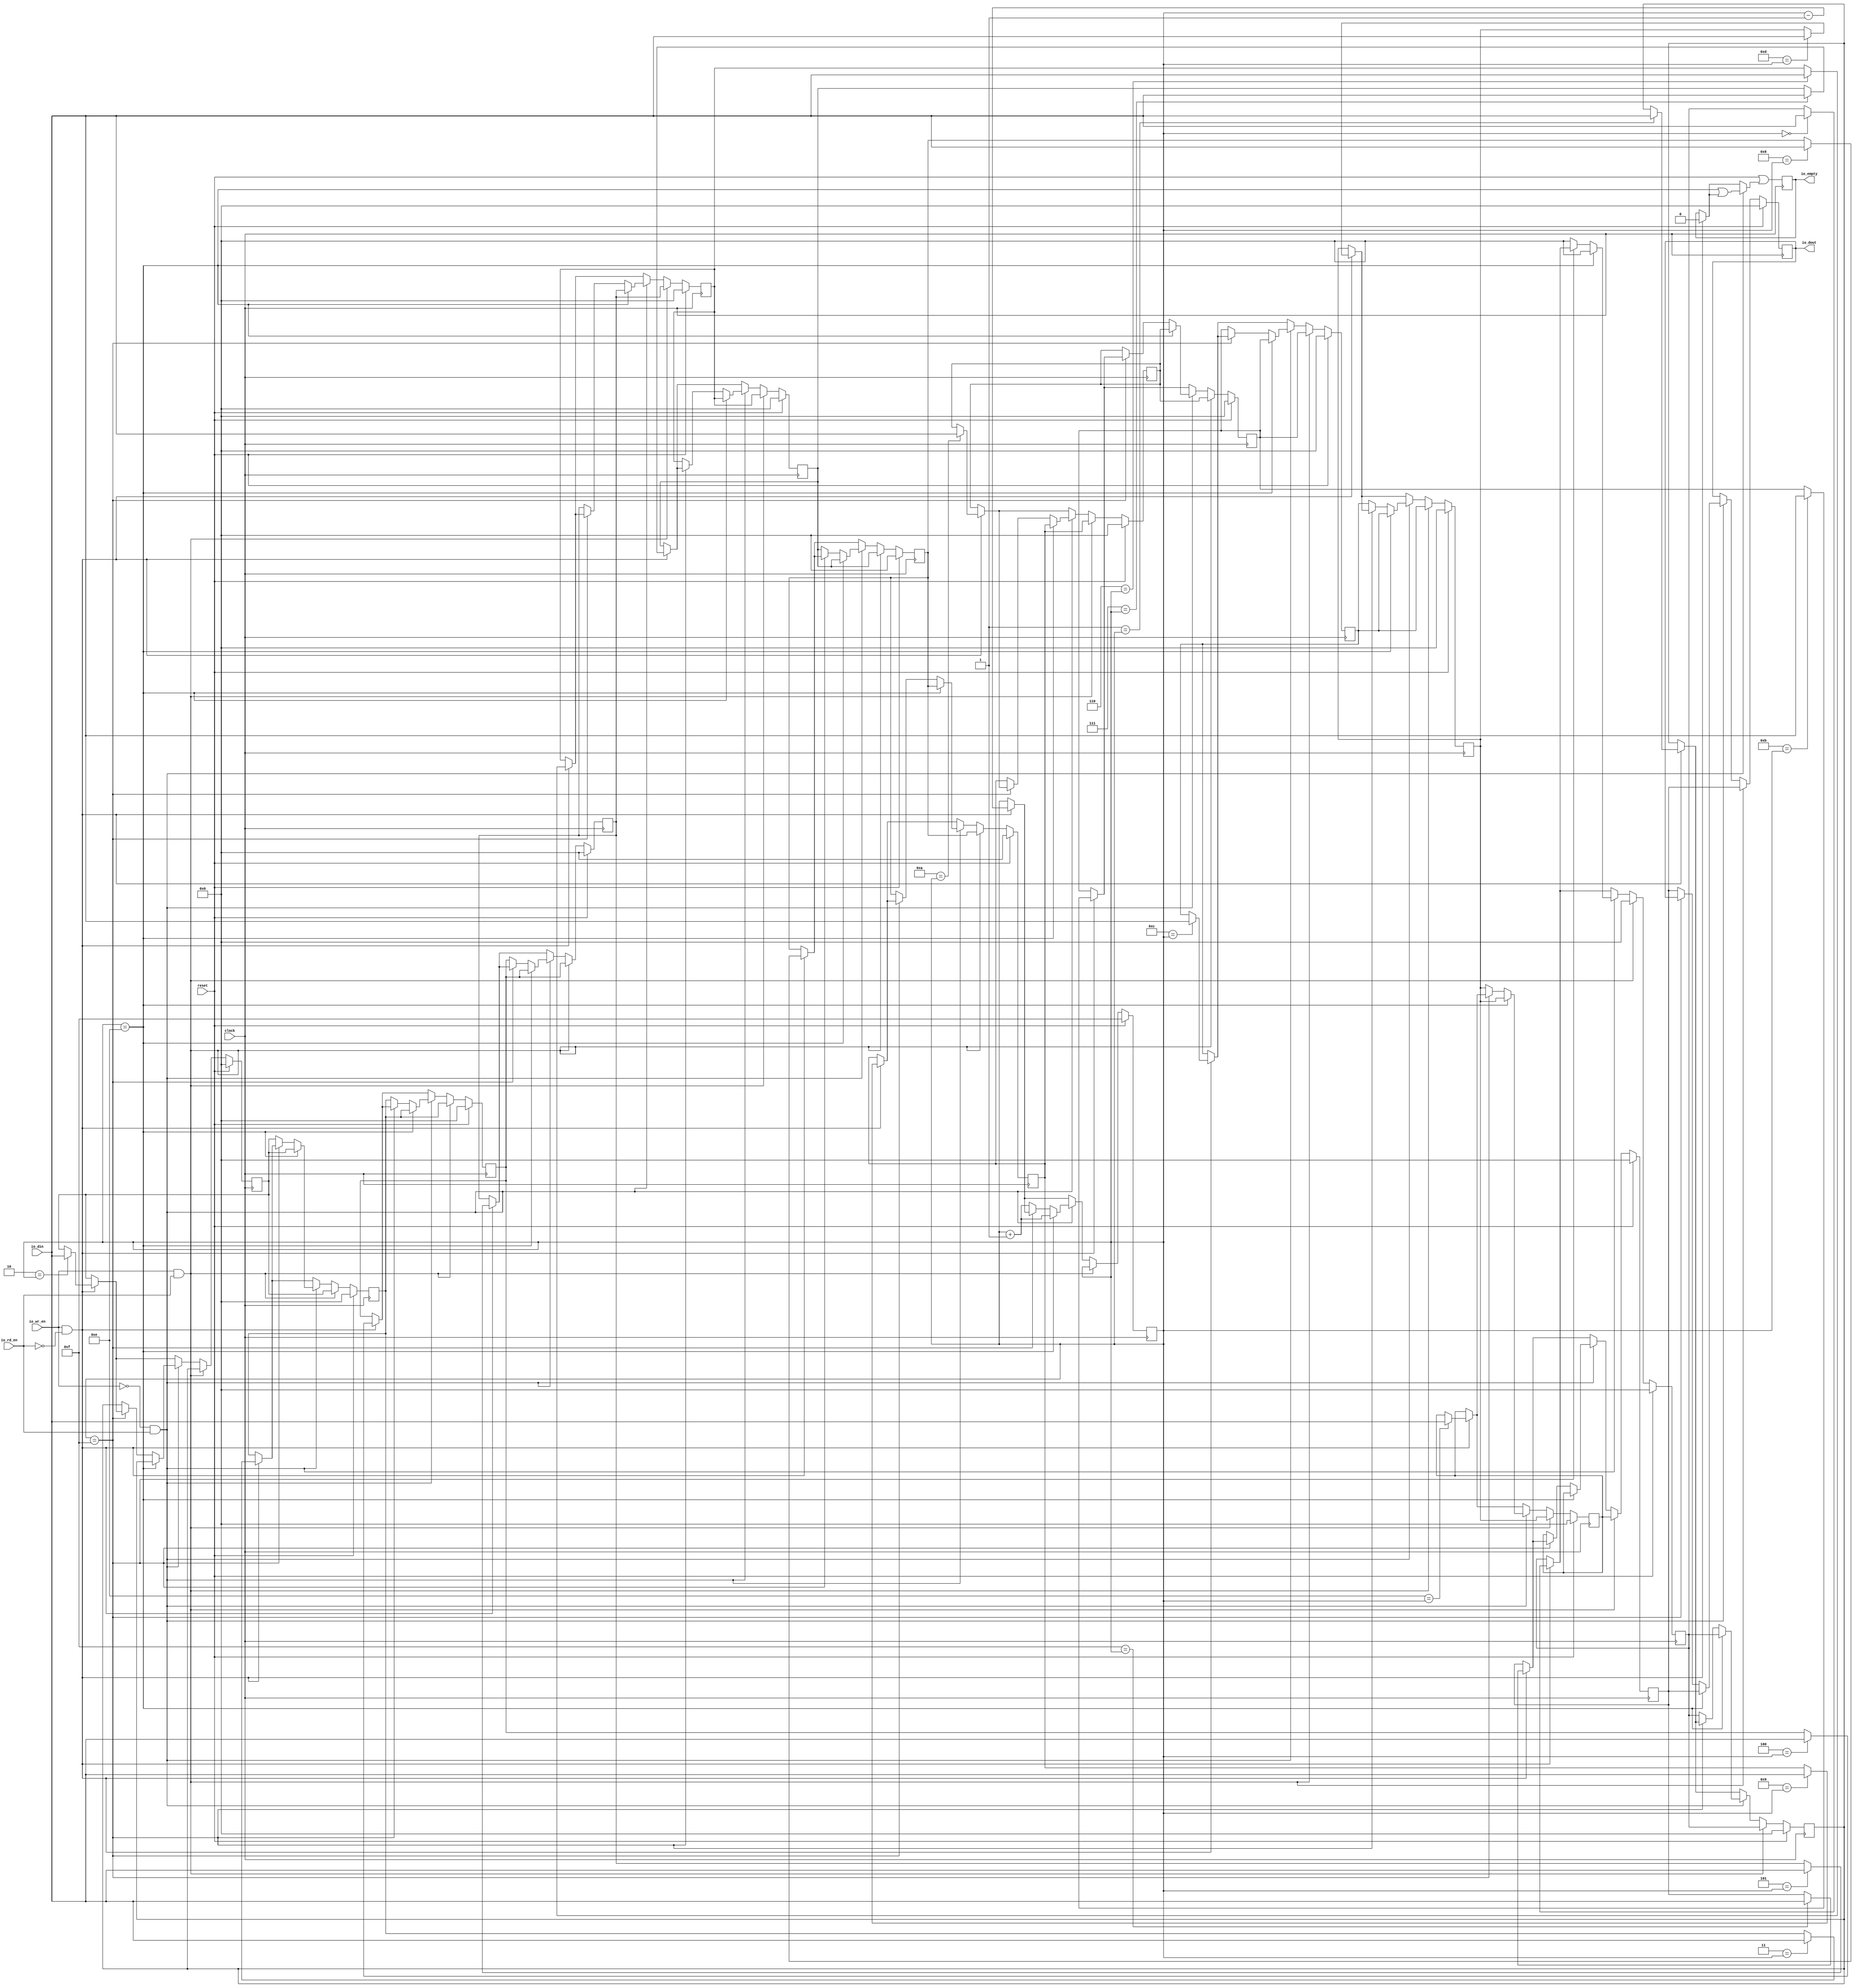
module FIFO(
  input        clock,
  input        reset,
  input  [7:0] io_din,
  input        io_wr_en,
  input        io_rd_en,
  output       io_empty,
  output [7:0] io_dout
);
  reg [7:0] mem_0; // @[fifo.scala 15:22]
  reg [31:0] _RAND_0;
  reg [7:0] mem_1; // @[fifo.scala 15:22]
  reg [31:0] _RAND_1;
  reg [7:0] mem_2; // @[fifo.scala 15:22]
  reg [31:0] _RAND_2;
  reg [7:0] mem_3; // @[fifo.scala 15:22]
  reg [31:0] _RAND_3;
  reg [7:0] mem_4; // @[fifo.scala 15:22]
  reg [31:0] _RAND_4;
  reg [7:0] mem_5; // @[fifo.scala 15:22]
  reg [31:0] _RAND_5;
  reg [7:0] mem_6; // @[fifo.scala 15:22]
  reg [31:0] _RAND_6;
  reg [7:0] mem_7; // @[fifo.scala 15:22]
  reg [31:0] _RAND_7;
  reg [7:0] mem_8; // @[fifo.scala 15:22]
  reg [31:0] _RAND_8;
  reg [7:0] mem_9; // @[fifo.scala 15:22]
  reg [31:0] _RAND_9;
  reg [7:0] mem_10; // @[fifo.scala 15:22]
  reg [31:0] _RAND_10;
  reg [7:0] mem_11; // @[fifo.scala 15:22]
  reg [31:0] _RAND_11;
  reg [7:0] mem_12; // @[fifo.scala 15:22]
  reg [31:0] _RAND_12;
  reg [7:0] mem_13; // @[fifo.scala 15:22]
  reg [31:0] _RAND_13;
  reg [7:0] mem_14; // @[fifo.scala 15:22]
  reg [31:0] _RAND_14;
  reg [7:0] mem_15; // @[fifo.scala 15:22]
  reg [31:0] _RAND_15;
  reg [7:0] dout_reg; // @[fifo.scala 17:27]
  reg [31:0] _RAND_16;
  reg  empty_reg; // @[fifo.scala 18:28]
  reg [31:0] _RAND_17;
  reg [3:0] wr_sp; // @[fifo.scala 22:24]
  reg [31:0] _RAND_18;
  wire  _T_1; // @[fifo.scala 25:22]
  wire  _T_2; // @[fifo.scala 25:19]
  wire [3:0] _T_4; // @[fifo.scala 26:24]
  wire  _GEN_33; // @[fifo.scala 25:33]
  wire  _T_5; // @[fifo.scala 31:10]
  wire  _T_6; // @[fifo.scala 31:20]
  wire  _T_7; // @[fifo.scala 32:20]
  wire [3:0] _T_9; // @[fifo.scala 34:28]
  wire  _T_10; // @[fifo.scala 41:25]
  wire  _GEN_68; // @[fifo.scala 32:37]
  wire  _GEN_87; // @[fifo.scala 31:33]
  wire  _T_13; // @[fifo.scala 52:19]
  wire [4:0] _GEN_176; // @[fifo.scala 53:20]
  wire  _T_14; // @[fifo.scala 53:20]
  wire  _GEN_155; // @[fifo.scala 54:9]
  wire  _GEN_174; // @[fifo.scala 52:32]
  assign _T_1 = io_rd_en == 1'h0; // @[fifo.scala 25:22]
  assign _T_2 = io_wr_en & _T_1; // @[fifo.scala 25:19]
  assign _T_4 = wr_sp - 4'h1; // @[fifo.scala 26:24]
  assign _GEN_33 = _T_2 ? 1'h0 : empty_reg; // @[fifo.scala 25:33]
  assign _T_5 = io_wr_en == 1'h0; // @[fifo.scala 31:10]
  assign _T_6 = _T_5 & io_rd_en; // @[fifo.scala 31:20]
  assign _T_7 = wr_sp == 4'he; // @[fifo.scala 32:20]
  assign _T_9 = wr_sp + 4'h1; // @[fifo.scala 34:28]
  assign _T_10 = wr_sp == 4'hf; // @[fifo.scala 41:25]
  assign _GEN_68 = _T_7 | _GEN_33; // @[fifo.scala 32:37]
  assign _GEN_87 = _T_6 ? _GEN_68 : _GEN_33; // @[fifo.scala 31:33]
  assign _T_13 = io_wr_en & io_rd_en; // @[fifo.scala 52:19]
  assign _GEN_176 = {{1'd0}, wr_sp}; // @[fifo.scala 53:20]
  assign _T_14 = _GEN_176 == 5'h10; // @[fifo.scala 53:20]
  assign _GEN_155 = _T_14 ? 1'h0 : _GEN_87; // @[fifo.scala 54:9]
  assign _GEN_174 = _T_13 ? _GEN_155 : _GEN_87; // @[fifo.scala 52:32]
  assign io_empty = empty_reg; // @[fifo.scala 20:14]
  assign io_dout = dout_reg; // @[fifo.scala 19:13]
`ifdef RANDOMIZE_GARBAGE_ASSIGN
`define RANDOMIZE
`endif
`ifdef RANDOMIZE_INVALID_ASSIGN
`define RANDOMIZE
`endif
`ifdef RANDOMIZE_REG_INIT
`define RANDOMIZE
`endif
`ifdef RANDOMIZE_MEM_INIT
`define RANDOMIZE
`endif
`ifndef RANDOM
`define RANDOM $random
`endif
`ifdef RANDOMIZE_MEM_INIT
  integer initvar;
`endif
initial begin
  `ifdef RANDOMIZE
    `ifdef INIT_RANDOM
      `INIT_RANDOM
    `endif
    `ifndef VERILATOR
      `ifdef RANDOMIZE_DELAY
        #`RANDOMIZE_DELAY begin end
      `else
        #0.002 begin end
      `endif
    `endif
  `ifdef RANDOMIZE_REG_INIT
  _RAND_0 = {1{`RANDOM}};
  mem_0 = _RAND_0[7:0];
  `endif // RANDOMIZE_REG_INIT
  `ifdef RANDOMIZE_REG_INIT
  _RAND_1 = {1{`RANDOM}};
  mem_1 = _RAND_1[7:0];
  `endif // RANDOMIZE_REG_INIT
  `ifdef RANDOMIZE_REG_INIT
  _RAND_2 = {1{`RANDOM}};
  mem_2 = _RAND_2[7:0];
  `endif // RANDOMIZE_REG_INIT
  `ifdef RANDOMIZE_REG_INIT
  _RAND_3 = {1{`RANDOM}};
  mem_3 = _RAND_3[7:0];
  `endif // RANDOMIZE_REG_INIT
  `ifdef RANDOMIZE_REG_INIT
  _RAND_4 = {1{`RANDOM}};
  mem_4 = _RAND_4[7:0];
  `endif // RANDOMIZE_REG_INIT
  `ifdef RANDOMIZE_REG_INIT
  _RAND_5 = {1{`RANDOM}};
  mem_5 = _RAND_5[7:0];
  `endif // RANDOMIZE_REG_INIT
  `ifdef RANDOMIZE_REG_INIT
  _RAND_6 = {1{`RANDOM}};
  mem_6 = _RAND_6[7:0];
  `endif // RANDOMIZE_REG_INIT
  `ifdef RANDOMIZE_REG_INIT
  _RAND_7 = {1{`RANDOM}};
  mem_7 = _RAND_7[7:0];
  `endif // RANDOMIZE_REG_INIT
  `ifdef RANDOMIZE_REG_INIT
  _RAND_8 = {1{`RANDOM}};
  mem_8 = _RAND_8[7:0];
  `endif // RANDOMIZE_REG_INIT
  `ifdef RANDOMIZE_REG_INIT
  _RAND_9 = {1{`RANDOM}};
  mem_9 = _RAND_9[7:0];
  `endif // RANDOMIZE_REG_INIT
  `ifdef RANDOMIZE_REG_INIT
  _RAND_10 = {1{`RANDOM}};
  mem_10 = _RAND_10[7:0];
  `endif // RANDOMIZE_REG_INIT
  `ifdef RANDOMIZE_REG_INIT
  _RAND_11 = {1{`RANDOM}};
  mem_11 = _RAND_11[7:0];
  `endif // RANDOMIZE_REG_INIT
  `ifdef RANDOMIZE_REG_INIT
  _RAND_12 = {1{`RANDOM}};
  mem_12 = _RAND_12[7:0];
  `endif // RANDOMIZE_REG_INIT
  `ifdef RANDOMIZE_REG_INIT
  _RAND_13 = {1{`RANDOM}};
  mem_13 = _RAND_13[7:0];
  `endif // RANDOMIZE_REG_INIT
  `ifdef RANDOMIZE_REG_INIT
  _RAND_14 = {1{`RANDOM}};
  mem_14 = _RAND_14[7:0];
  `endif // RANDOMIZE_REG_INIT
  `ifdef RANDOMIZE_REG_INIT
  _RAND_15 = {1{`RANDOM}};
  mem_15 = _RAND_15[7:0];
  `endif // RANDOMIZE_REG_INIT
  `ifdef RANDOMIZE_REG_INIT
  _RAND_16 = {1{`RANDOM}};
  dout_reg = _RAND_16[7:0];
  `endif // RANDOMIZE_REG_INIT
  `ifdef RANDOMIZE_REG_INIT
  _RAND_17 = {1{`RANDOM}};
  empty_reg = _RAND_17[0:0];
  `endif // RANDOMIZE_REG_INIT
  `ifdef RANDOMIZE_REG_INIT
  _RAND_18 = {1{`RANDOM}};
  wr_sp = _RAND_18[3:0];
  `endif // RANDOMIZE_REG_INIT
  `endif // RANDOMIZE
end
  always @(posedge clock) begin
    if (reset) begin
      mem_0 <= 8'h0;
    end else begin
      if (_T_13) begin
        if (_T_14) begin
          if (4'h0 == wr_sp) begin
            mem_0 <= io_din;
          end else begin
            if (_T_6) begin
              if (_T_7) begin
                mem_0 <= 8'h0;
              end else begin
                if (_T_10) begin
                  if (_T_2) begin
                    if (4'h0 == wr_sp) begin
                      mem_0 <= io_din;
                    end
                  end
                end else begin
                  mem_0 <= 8'h0;
                end
              end
            end else begin
              if (_T_2) begin
                if (4'h0 == wr_sp) begin
                  mem_0 <= io_din;
                end
              end
            end
          end
        end else begin
          mem_0 <= 8'h0;
        end
      end else begin
        if (_T_6) begin
          if (_T_7) begin
            mem_0 <= 8'h0;
          end else begin
            if (_T_10) begin
              if (_T_2) begin
                if (4'h0 == wr_sp) begin
                  mem_0 <= io_din;
                end
              end
            end else begin
              mem_0 <= 8'h0;
            end
          end
        end else begin
          if (_T_2) begin
            if (4'h0 == wr_sp) begin
              mem_0 <= io_din;
            end
          end
        end
      end
    end
    if (reset) begin
      mem_1 <= 8'h0;
    end else begin
      if (_T_13) begin
        if (_T_14) begin
          if (4'h1 == wr_sp) begin
            mem_1 <= io_din;
          end else begin
            if (_T_6) begin
              if (_T_7) begin
                mem_1 <= mem_0;
              end else begin
                if (_T_10) begin
                  if (_T_2) begin
                    if (4'h1 == wr_sp) begin
                      mem_1 <= io_din;
                    end
                  end
                end else begin
                  mem_1 <= mem_0;
                end
              end
            end else begin
              if (_T_2) begin
                if (4'h1 == wr_sp) begin
                  mem_1 <= io_din;
                end
              end
            end
          end
        end else begin
          mem_1 <= mem_0;
        end
      end else begin
        if (_T_6) begin
          if (_T_7) begin
            mem_1 <= mem_0;
          end else begin
            if (_T_10) begin
              if (_T_2) begin
                if (4'h1 == wr_sp) begin
                  mem_1 <= io_din;
                end
              end
            end else begin
              mem_1 <= mem_0;
            end
          end
        end else begin
          if (_T_2) begin
            if (4'h1 == wr_sp) begin
              mem_1 <= io_din;
            end
          end
        end
      end
    end
    if (reset) begin
      mem_2 <= 8'h0;
    end else begin
      if (_T_13) begin
        if (_T_14) begin
          if (4'h2 == wr_sp) begin
            mem_2 <= io_din;
          end else begin
            if (_T_6) begin
              if (_T_7) begin
                mem_2 <= mem_1;
              end else begin
                if (_T_10) begin
                  if (_T_2) begin
                    if (4'h2 == wr_sp) begin
                      mem_2 <= io_din;
                    end
                  end
                end else begin
                  mem_2 <= mem_1;
                end
              end
            end else begin
              if (_T_2) begin
                if (4'h2 == wr_sp) begin
                  mem_2 <= io_din;
                end
              end
            end
          end
        end else begin
          mem_2 <= mem_1;
        end
      end else begin
        if (_T_6) begin
          if (_T_7) begin
            mem_2 <= mem_1;
          end else begin
            if (_T_10) begin
              if (_T_2) begin
                if (4'h2 == wr_sp) begin
                  mem_2 <= io_din;
                end
              end
            end else begin
              mem_2 <= mem_1;
            end
          end
        end else begin
          if (_T_2) begin
            if (4'h2 == wr_sp) begin
              mem_2 <= io_din;
            end
          end
        end
      end
    end
    if (reset) begin
      mem_3 <= 8'h0;
    end else begin
      if (_T_13) begin
        if (_T_14) begin
          if (4'h3 == wr_sp) begin
            mem_3 <= io_din;
          end else begin
            if (_T_6) begin
              if (_T_7) begin
                mem_3 <= mem_2;
              end else begin
                if (_T_10) begin
                  if (_T_2) begin
                    if (4'h3 == wr_sp) begin
                      mem_3 <= io_din;
                    end
                  end
                end else begin
                  mem_3 <= mem_2;
                end
              end
            end else begin
              if (_T_2) begin
                if (4'h3 == wr_sp) begin
                  mem_3 <= io_din;
                end
              end
            end
          end
        end else begin
          mem_3 <= mem_2;
        end
      end else begin
        if (_T_6) begin
          if (_T_7) begin
            mem_3 <= mem_2;
          end else begin
            if (_T_10) begin
              if (_T_2) begin
                if (4'h3 == wr_sp) begin
                  mem_3 <= io_din;
                end
              end
            end else begin
              mem_3 <= mem_2;
            end
          end
        end else begin
          if (_T_2) begin
            if (4'h3 == wr_sp) begin
              mem_3 <= io_din;
            end
          end
        end
      end
    end
    if (reset) begin
      mem_4 <= 8'h0;
    end else begin
      if (_T_13) begin
        if (_T_14) begin
          if (4'h4 == wr_sp) begin
            mem_4 <= io_din;
          end else begin
            if (_T_6) begin
              if (_T_7) begin
                mem_4 <= mem_3;
              end else begin
                if (_T_10) begin
                  if (_T_2) begin
                    if (4'h4 == wr_sp) begin
                      mem_4 <= io_din;
                    end
                  end
                end else begin
                  mem_4 <= mem_3;
                end
              end
            end else begin
              if (_T_2) begin
                if (4'h4 == wr_sp) begin
                  mem_4 <= io_din;
                end
              end
            end
          end
        end else begin
          mem_4 <= mem_3;
        end
      end else begin
        if (_T_6) begin
          if (_T_7) begin
            mem_4 <= mem_3;
          end else begin
            if (_T_10) begin
              if (_T_2) begin
                if (4'h4 == wr_sp) begin
                  mem_4 <= io_din;
                end
              end
            end else begin
              mem_4 <= mem_3;
            end
          end
        end else begin
          if (_T_2) begin
            if (4'h4 == wr_sp) begin
              mem_4 <= io_din;
            end
          end
        end
      end
    end
    if (reset) begin
      mem_5 <= 8'h0;
    end else begin
      if (_T_13) begin
        if (_T_14) begin
          if (4'h5 == wr_sp) begin
            mem_5 <= io_din;
          end else begin
            if (_T_6) begin
              if (_T_7) begin
                mem_5 <= mem_4;
              end else begin
                if (_T_10) begin
                  if (_T_2) begin
                    if (4'h5 == wr_sp) begin
                      mem_5 <= io_din;
                    end
                  end
                end else begin
                  mem_5 <= mem_4;
                end
              end
            end else begin
              if (_T_2) begin
                if (4'h5 == wr_sp) begin
                  mem_5 <= io_din;
                end
              end
            end
          end
        end else begin
          mem_5 <= mem_4;
        end
      end else begin
        if (_T_6) begin
          if (_T_7) begin
            mem_5 <= mem_4;
          end else begin
            if (_T_10) begin
              if (_T_2) begin
                if (4'h5 == wr_sp) begin
                  mem_5 <= io_din;
                end
              end
            end else begin
              mem_5 <= mem_4;
            end
          end
        end else begin
          if (_T_2) begin
            if (4'h5 == wr_sp) begin
              mem_5 <= io_din;
            end
          end
        end
      end
    end
    if (reset) begin
      mem_6 <= 8'h0;
    end else begin
      if (_T_13) begin
        if (_T_14) begin
          if (4'h6 == wr_sp) begin
            mem_6 <= io_din;
          end else begin
            if (_T_6) begin
              if (_T_7) begin
                mem_6 <= mem_5;
              end else begin
                if (_T_10) begin
                  if (_T_2) begin
                    if (4'h6 == wr_sp) begin
                      mem_6 <= io_din;
                    end
                  end
                end else begin
                  mem_6 <= mem_5;
                end
              end
            end else begin
              if (_T_2) begin
                if (4'h6 == wr_sp) begin
                  mem_6 <= io_din;
                end
              end
            end
          end
        end else begin
          mem_6 <= mem_5;
        end
      end else begin
        if (_T_6) begin
          if (_T_7) begin
            mem_6 <= mem_5;
          end else begin
            if (_T_10) begin
              if (_T_2) begin
                if (4'h6 == wr_sp) begin
                  mem_6 <= io_din;
                end
              end
            end else begin
              mem_6 <= mem_5;
            end
          end
        end else begin
          if (_T_2) begin
            if (4'h6 == wr_sp) begin
              mem_6 <= io_din;
            end
          end
        end
      end
    end
    if (reset) begin
      mem_7 <= 8'h0;
    end else begin
      if (_T_13) begin
        if (_T_14) begin
          if (4'h7 == wr_sp) begin
            mem_7 <= io_din;
          end else begin
            if (_T_6) begin
              if (_T_7) begin
                mem_7 <= mem_6;
              end else begin
                if (_T_10) begin
                  if (_T_2) begin
                    if (4'h7 == wr_sp) begin
                      mem_7 <= io_din;
                    end
                  end
                end else begin
                  mem_7 <= mem_6;
                end
              end
            end else begin
              if (_T_2) begin
                if (4'h7 == wr_sp) begin
                  mem_7 <= io_din;
                end
              end
            end
          end
        end else begin
          mem_7 <= mem_6;
        end
      end else begin
        if (_T_6) begin
          if (_T_7) begin
            mem_7 <= mem_6;
          end else begin
            if (_T_10) begin
              if (_T_2) begin
                if (4'h7 == wr_sp) begin
                  mem_7 <= io_din;
                end
              end
            end else begin
              mem_7 <= mem_6;
            end
          end
        end else begin
          if (_T_2) begin
            if (4'h7 == wr_sp) begin
              mem_7 <= io_din;
            end
          end
        end
      end
    end
    if (reset) begin
      mem_8 <= 8'h0;
    end else begin
      if (_T_13) begin
        if (_T_14) begin
          if (4'h8 == wr_sp) begin
            mem_8 <= io_din;
          end else begin
            if (_T_6) begin
              if (_T_7) begin
                mem_8 <= mem_7;
              end else begin
                if (_T_10) begin
                  if (_T_2) begin
                    if (4'h8 == wr_sp) begin
                      mem_8 <= io_din;
                    end
                  end
                end else begin
                  mem_8 <= mem_7;
                end
              end
            end else begin
              if (_T_2) begin
                if (4'h8 == wr_sp) begin
                  mem_8 <= io_din;
                end
              end
            end
          end
        end else begin
          mem_8 <= mem_7;
        end
      end else begin
        if (_T_6) begin
          if (_T_7) begin
            mem_8 <= mem_7;
          end else begin
            if (_T_10) begin
              if (_T_2) begin
                if (4'h8 == wr_sp) begin
                  mem_8 <= io_din;
                end
              end
            end else begin
              mem_8 <= mem_7;
            end
          end
        end else begin
          if (_T_2) begin
            if (4'h8 == wr_sp) begin
              mem_8 <= io_din;
            end
          end
        end
      end
    end
    if (reset) begin
      mem_9 <= 8'h0;
    end else begin
      if (_T_13) begin
        if (_T_14) begin
          if (4'h9 == wr_sp) begin
            mem_9 <= io_din;
          end else begin
            if (_T_6) begin
              if (_T_7) begin
                mem_9 <= mem_8;
              end else begin
                if (_T_10) begin
                  if (_T_2) begin
                    if (4'h9 == wr_sp) begin
                      mem_9 <= io_din;
                    end
                  end
                end else begin
                  mem_9 <= mem_8;
                end
              end
            end else begin
              if (_T_2) begin
                if (4'h9 == wr_sp) begin
                  mem_9 <= io_din;
                end
              end
            end
          end
        end else begin
          mem_9 <= mem_8;
        end
      end else begin
        if (_T_6) begin
          if (_T_7) begin
            mem_9 <= mem_8;
          end else begin
            if (_T_10) begin
              if (_T_2) begin
                if (4'h9 == wr_sp) begin
                  mem_9 <= io_din;
                end
              end
            end else begin
              mem_9 <= mem_8;
            end
          end
        end else begin
          if (_T_2) begin
            if (4'h9 == wr_sp) begin
              mem_9 <= io_din;
            end
          end
        end
      end
    end
    if (reset) begin
      mem_10 <= 8'h0;
    end else begin
      if (_T_13) begin
        if (_T_14) begin
          if (4'ha == wr_sp) begin
            mem_10 <= io_din;
          end else begin
            if (_T_6) begin
              if (_T_7) begin
                mem_10 <= mem_9;
              end else begin
                if (_T_10) begin
                  if (_T_2) begin
                    if (4'ha == wr_sp) begin
                      mem_10 <= io_din;
                    end
                  end
                end else begin
                  mem_10 <= mem_9;
                end
              end
            end else begin
              if (_T_2) begin
                if (4'ha == wr_sp) begin
                  mem_10 <= io_din;
                end
              end
            end
          end
        end else begin
          mem_10 <= mem_9;
        end
      end else begin
        if (_T_6) begin
          if (_T_7) begin
            mem_10 <= mem_9;
          end else begin
            if (_T_10) begin
              if (_T_2) begin
                if (4'ha == wr_sp) begin
                  mem_10 <= io_din;
                end
              end
            end else begin
              mem_10 <= mem_9;
            end
          end
        end else begin
          if (_T_2) begin
            if (4'ha == wr_sp) begin
              mem_10 <= io_din;
            end
          end
        end
      end
    end
    if (reset) begin
      mem_11 <= 8'h0;
    end else begin
      if (_T_13) begin
        if (_T_14) begin
          if (4'hb == wr_sp) begin
            mem_11 <= io_din;
          end else begin
            if (_T_6) begin
              if (_T_7) begin
                mem_11 <= mem_10;
              end else begin
                if (_T_10) begin
                  if (_T_2) begin
                    if (4'hb == wr_sp) begin
                      mem_11 <= io_din;
                    end
                  end
                end else begin
                  mem_11 <= mem_10;
                end
              end
            end else begin
              if (_T_2) begin
                if (4'hb == wr_sp) begin
                  mem_11 <= io_din;
                end
              end
            end
          end
        end else begin
          mem_11 <= mem_10;
        end
      end else begin
        if (_T_6) begin
          if (_T_7) begin
            mem_11 <= mem_10;
          end else begin
            if (_T_10) begin
              if (_T_2) begin
                if (4'hb == wr_sp) begin
                  mem_11 <= io_din;
                end
              end
            end else begin
              mem_11 <= mem_10;
            end
          end
        end else begin
          if (_T_2) begin
            if (4'hb == wr_sp) begin
              mem_11 <= io_din;
            end
          end
        end
      end
    end
    if (reset) begin
      mem_12 <= 8'h0;
    end else begin
      if (_T_13) begin
        if (_T_14) begin
          if (4'hc == wr_sp) begin
            mem_12 <= io_din;
          end else begin
            if (_T_6) begin
              if (_T_7) begin
                mem_12 <= mem_11;
              end else begin
                if (_T_10) begin
                  if (_T_2) begin
                    if (4'hc == wr_sp) begin
                      mem_12 <= io_din;
                    end
                  end
                end else begin
                  mem_12 <= mem_11;
                end
              end
            end else begin
              if (_T_2) begin
                if (4'hc == wr_sp) begin
                  mem_12 <= io_din;
                end
              end
            end
          end
        end else begin
          mem_12 <= mem_11;
        end
      end else begin
        if (_T_6) begin
          if (_T_7) begin
            mem_12 <= mem_11;
          end else begin
            if (_T_10) begin
              if (_T_2) begin
                if (4'hc == wr_sp) begin
                  mem_12 <= io_din;
                end
              end
            end else begin
              mem_12 <= mem_11;
            end
          end
        end else begin
          if (_T_2) begin
            if (4'hc == wr_sp) begin
              mem_12 <= io_din;
            end
          end
        end
      end
    end
    if (reset) begin
      mem_13 <= 8'h0;
    end else begin
      if (_T_13) begin
        if (_T_14) begin
          if (4'hd == wr_sp) begin
            mem_13 <= io_din;
          end else begin
            if (_T_6) begin
              if (_T_7) begin
                mem_13 <= mem_12;
              end else begin
                if (_T_10) begin
                  if (_T_2) begin
                    if (4'hd == wr_sp) begin
                      mem_13 <= io_din;
                    end
                  end
                end else begin
                  mem_13 <= mem_12;
                end
              end
            end else begin
              if (_T_2) begin
                if (4'hd == wr_sp) begin
                  mem_13 <= io_din;
                end
              end
            end
          end
        end else begin
          mem_13 <= mem_12;
        end
      end else begin
        if (_T_6) begin
          if (_T_7) begin
            mem_13 <= mem_12;
          end else begin
            if (_T_10) begin
              if (_T_2) begin
                if (4'hd == wr_sp) begin
                  mem_13 <= io_din;
                end
              end
            end else begin
              mem_13 <= mem_12;
            end
          end
        end else begin
          if (_T_2) begin
            if (4'hd == wr_sp) begin
              mem_13 <= io_din;
            end
          end
        end
      end
    end
    if (reset) begin
      mem_14 <= 8'h0;
    end else begin
      if (_T_13) begin
        if (_T_14) begin
          if (4'he == wr_sp) begin
            mem_14 <= io_din;
          end else begin
            if (_T_6) begin
              if (_T_7) begin
                mem_14 <= mem_13;
              end else begin
                if (_T_10) begin
                  if (_T_2) begin
                    if (4'he == wr_sp) begin
                      mem_14 <= io_din;
                    end
                  end
                end else begin
                  mem_14 <= mem_13;
                end
              end
            end else begin
              if (_T_2) begin
                if (4'he == wr_sp) begin
                  mem_14 <= io_din;
                end
              end
            end
          end
        end else begin
          mem_14 <= mem_13;
        end
      end else begin
        if (_T_6) begin
          if (_T_7) begin
            mem_14 <= mem_13;
          end else begin
            if (_T_10) begin
              if (_T_2) begin
                if (4'he == wr_sp) begin
                  mem_14 <= io_din;
                end
              end
            end else begin
              mem_14 <= mem_13;
            end
          end
        end else begin
          if (_T_2) begin
            if (4'he == wr_sp) begin
              mem_14 <= io_din;
            end
          end
        end
      end
    end
    if (reset) begin
      mem_15 <= 8'h0;
    end else begin
      if (_T_13) begin
        if (_T_14) begin
          if (4'hf == wr_sp) begin
            mem_15 <= io_din;
          end else begin
            if (_T_6) begin
              if (_T_7) begin
                mem_15 <= mem_14;
              end else begin
                if (_T_10) begin
                  if (_T_2) begin
                    if (4'hf == wr_sp) begin
                      mem_15 <= io_din;
                    end
                  end
                end else begin
                  mem_15 <= mem_14;
                end
              end
            end else begin
              if (_T_2) begin
                if (4'hf == wr_sp) begin
                  mem_15 <= io_din;
                end
              end
            end
          end
        end else begin
          mem_15 <= mem_14;
        end
      end else begin
        if (_T_6) begin
          if (_T_7) begin
            mem_15 <= mem_14;
          end else begin
            if (_T_10) begin
              if (_T_2) begin
                if (4'hf == wr_sp) begin
                  mem_15 <= io_din;
                end
              end
            end else begin
              mem_15 <= mem_14;
            end
          end
        end else begin
          if (_T_2) begin
            if (4'hf == wr_sp) begin
              mem_15 <= io_din;
            end
          end
        end
      end
    end
    if (reset) begin
      dout_reg <= 8'h0;
    end else begin
      if (_T_13) begin
        if (_T_14) begin
          dout_reg <= 8'h0;
        end else begin
          dout_reg <= mem_15;
        end
      end else begin
        if (_T_6) begin
          if (_T_7) begin
            dout_reg <= mem_15;
          end else begin
            if (!(_T_10)) begin
              dout_reg <= mem_15;
            end
          end
        end
      end
    end
    empty_reg <= reset | _GEN_174;
    if (reset) begin
      wr_sp <= 4'hf;
    end else begin
      if (_T_13) begin
        if (_T_14) begin
          wr_sp <= _T_4;
        end
      end else begin
        if (_T_6) begin
          if (_T_7) begin
            wr_sp <= _T_9;
          end else begin
            if (_T_10) begin
              if (_T_2) begin
                wr_sp <= _T_4;
              end
            end else begin
              wr_sp <= _T_9;
            end
          end
        end else begin
          if (_T_2) begin
            wr_sp <= _T_4;
          end
        end
      end
    end
  end
endmodule